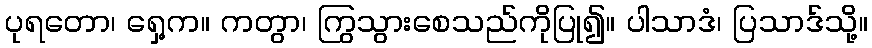
ပုရတော၊ ရှေ့က။ ကတွာ၊ ကြွသွားစေသည်ကိုပြု၍။ ပါသာဒံ၊ ပြသာဒ်သို့။